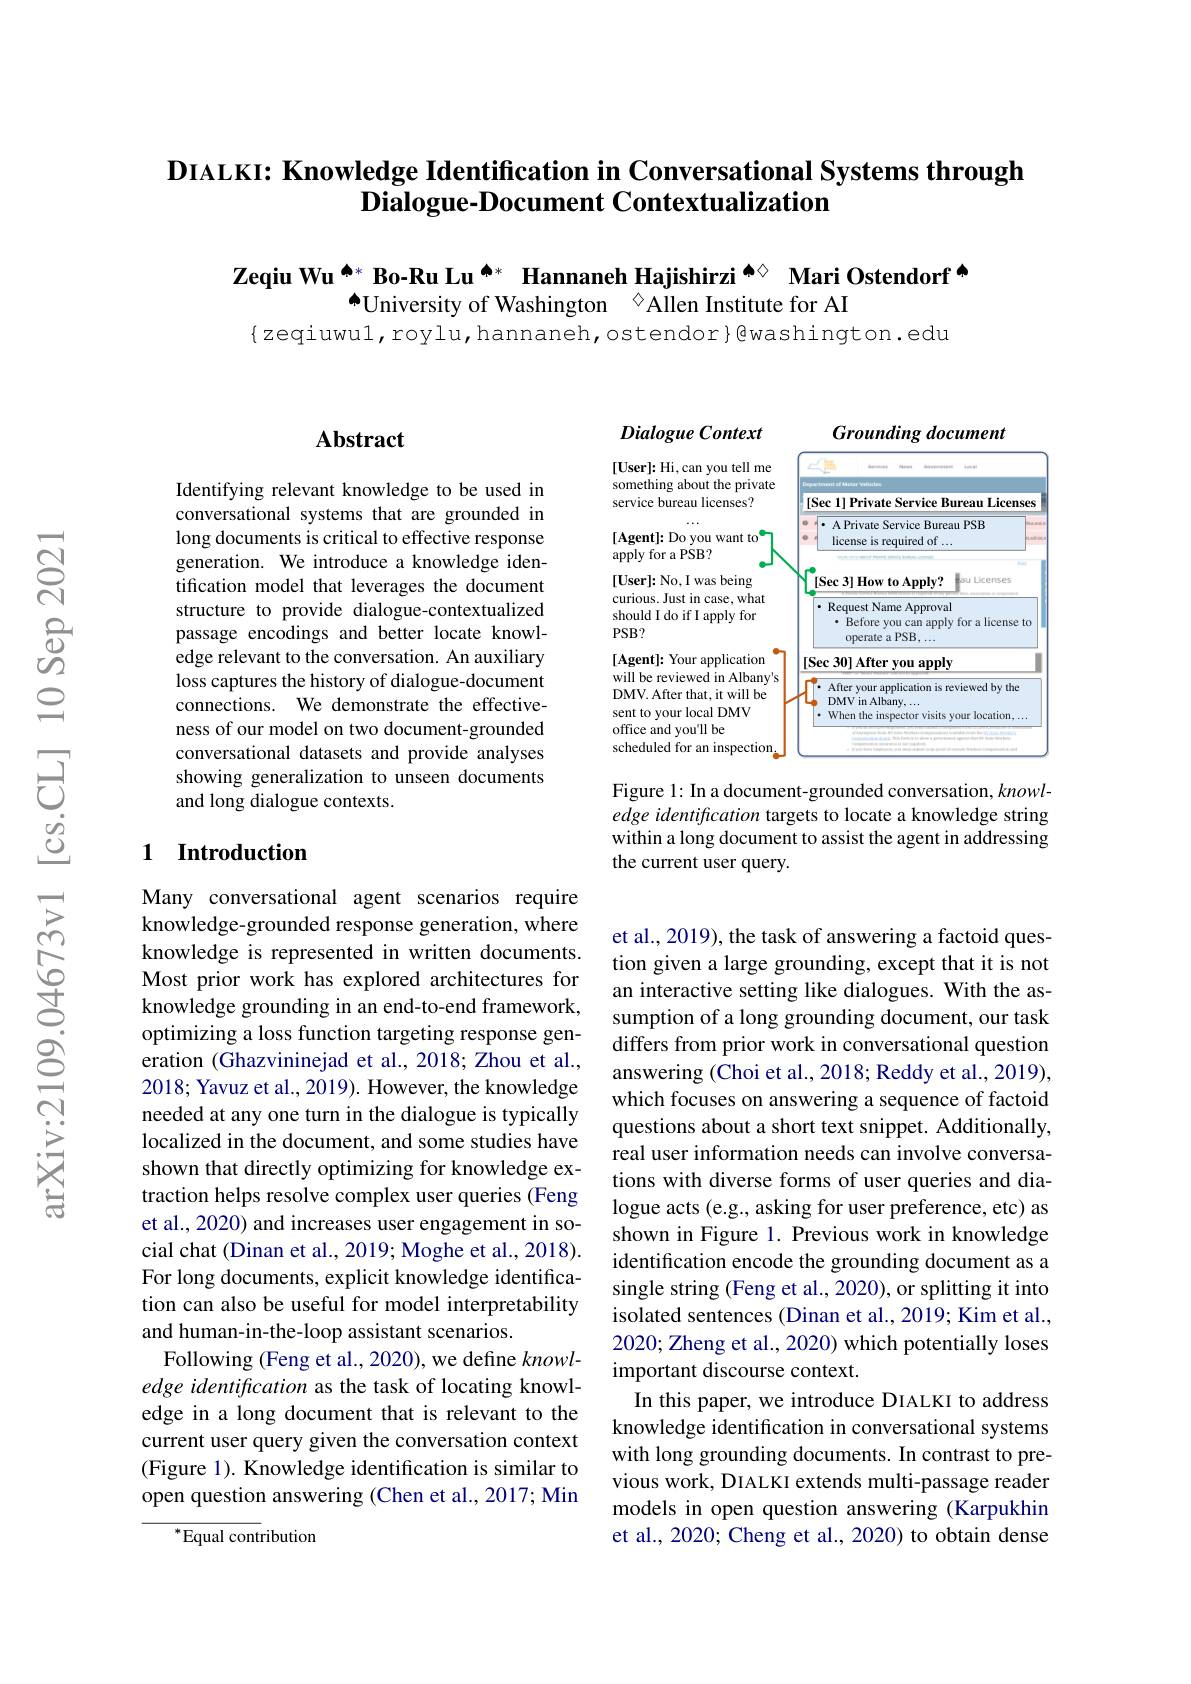
### $\textbf{DIALKI: Knowledge Identification in Conversational Systems through}$ Dialogue-Document Contextualization

$\textbf{Zeqiu Wu}^{\spadesuit*}\textbf{Bo-Ru Lu}^{\spadesuit*}\underset{\spadesuit\text{University of Washington}}{\operatorname*{\operatorname*{\text{Hannaneh Hajishirzi}}}}^{\spadesuit\times}\underset{\diamondsuit}{\operatorname*{\operatorname*{\text{Mari Ostendorf }}}}$
$\{$zeqiuwul,roylu,hannaneh,ostendor}@washington.edu

## $\mathbf{Abstract}$

Identifying relevant knowledge to be used in conversational systems that are grounded in long documents is critical to effective response generation. We introduce a knowledge identification model that leverages the document structure to provide dialogue-contextualized passage encodings and better locate knowledge relevant to the conversation. An auxiliary loss captures the history of dialogue-document connections. We demonstrate the effectiveness of our model on two document-grounded conversational datasets and provide analyses showing generalization to unseen documents and long dialogue contexts.

### 1 Introduction

Many conversational agent scenarios require knowledge-grounded response generation, where knowledge is represented in written documents. Most prior work has explored architectures for knowledge grounding in an end-to-end framework, optimizing a loss function targeting response generation (Ghazvininejad et al., 2018; Zhou et al., 2018; Yavuz et al., 2019). However, the knowledge needed at any one turn in the dialogue is typically localized in the document, and some studies have shown that directly optimizing for knowledge extraction helps resolve complex user queries (Feng et al., 2020) and increases user engagement in social chat (Dinan et al., 2019; Moghe et al., 2018). For long documents, explicit knowledge identification can also be useful for model interpretability and human-in-the-loop assistant scenarios.
Following (Feng et al., 2020), we define $knowl-$ edge identification as the task of locating knowledge in a long document that is relevant to the current user query given the conversation context (Figure 1). Knowledge identification is similar to open question answering (Chen et al., 2017; Min
${^*}{\mathrm{Equal~cont}}$ribution

<FigureHere>

Figure 1: In a document-grounded conversation, knowledge identifrcation targets to locate a knowledge string within a long document to assist the agent in addressing the current user query.

et al., 2019), the task of answering a factoid question given a large grounding, except that it is not an interactive setting like dialogues. With the assumption of a long grounding document, our task differs from prior work in conversational question answering (Choi et al., 2018; Reddy et al., 2019), which focuses on answering a sequence of factoid questions about a short text snippet. Additionally, real user information needs can involve conversations with diverse forms of user queries and dialogue acts (e.g., asking for user preference, etc) as shown in Figure 1. Previous work in knowledge identification encode the grounding document as a single string (Feng et al., 2020), or splitting it into isolated sentences (Dinan et al., 2019; Kim et al., 2020; Zheng et al., 2020) which potentially loses important discourse context.
In this paper, we introduce DIALKI to address knowledge identification in conversational systems with long grounding documents. In contrast to previous work, DIALKI extends multi-passage reader models in open question answering (Karpukhin et al., 2020; Cheng et al., 2020) to obtain dense